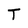
Character: T